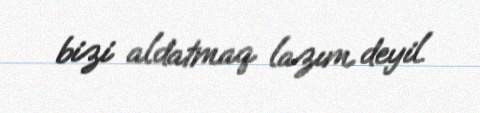
bizi aldatmaq lazım deyil.